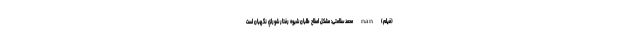
(فیلم) nan محمد سلامتى: مشكل اصلاح طلبان شيوه رفتار شوراي نگهبان است